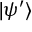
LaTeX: | \psi ^ { \prime } \rangle